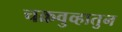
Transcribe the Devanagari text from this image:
चक्रवुव्हातुन